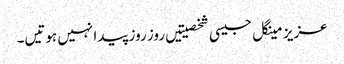
عزیز مینگل جیسی شخصیتیں روز روز پیدا نہیں ہوتیں۔